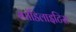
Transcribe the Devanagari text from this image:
स्पांडिलाइटिस